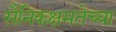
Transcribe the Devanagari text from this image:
सैनिकक्षमतेच्या